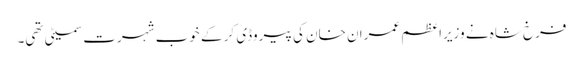
فرخ شاہ نے وزیراعظم عمران خان کی پیروڈی کر کے خوب شہرت سمیٹی تھی۔